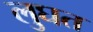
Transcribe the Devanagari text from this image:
लुघत